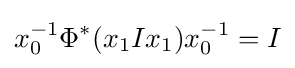
x_{0}^{-1}\Phi ^{*}(x_{1}Ix_{1})x_{0}^{-1}=I